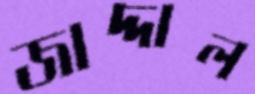
জাদ্দাল